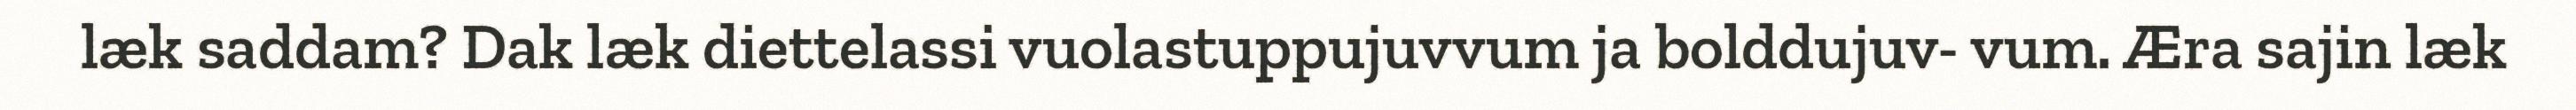
læk saddam? Dak læk diettelassi vuolastuppujuvvum ja bolddujuv- vum. Æra sajin læk